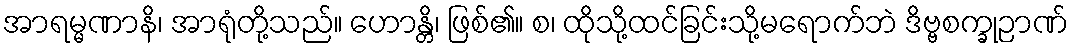
အာရမ္မဏာနိ၊ အာရုံတို့သည်။ ဟောန္တိ၊ ဖြစ်၏။ စ၊ ထိုသို့ထင်ခြင်းသို့မရောက်ဘဲ ဒိဗ္ဗစက္ခုဉာဏ်